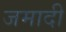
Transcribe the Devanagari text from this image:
जमादी